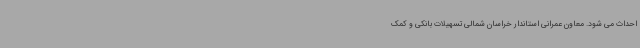
احداث می شود. معاون عمرانی استاندار خراسان شمالی تسهیلات بانکی و کمک